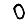
Digit: 0